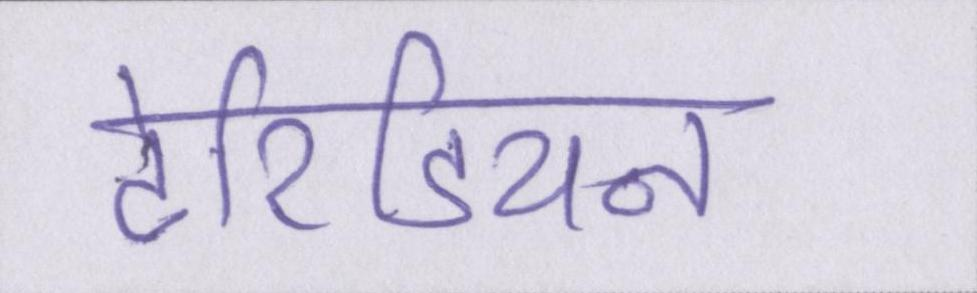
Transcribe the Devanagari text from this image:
टेरिडियन